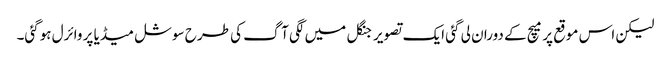
لیکن اس موقع پر میچ کے دوران لی گئی ایک تصویر جنگل میں لگی آگ کی طرح سوشل میڈیا پر وائرل ہوگئی۔